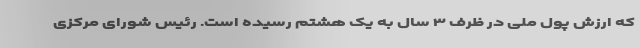
که ارزش پول ملی در ظرف ۳ سال به یک هشتم رسیده است. رئیس شورای مرکزی